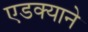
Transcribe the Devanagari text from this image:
एडक्याने